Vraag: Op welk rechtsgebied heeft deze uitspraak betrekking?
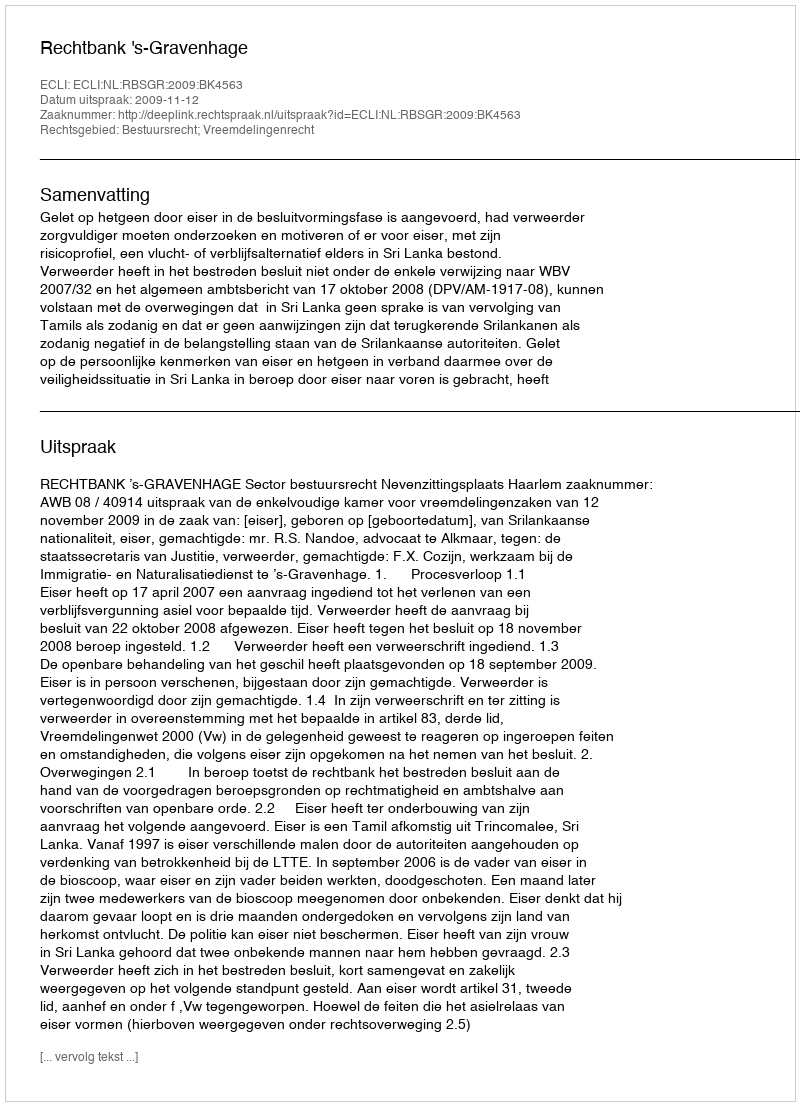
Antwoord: Bestuursrecht; Vreemdelingenrecht